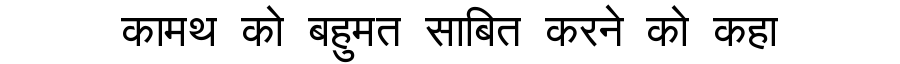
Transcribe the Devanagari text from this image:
कामथ को बहुमत साबित करने को कहा